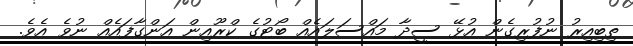
ތިބިއިރު ނުފުރިގެން އުޅޭ ސީދާ މައްސަލައެއް ބޯޓުގެ ކްރޫއިން އަންގާފައެއް ނުވެ އެވެ.